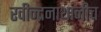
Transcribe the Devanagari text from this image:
रवीन्द्रनाथांनीच